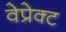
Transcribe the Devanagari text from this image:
वेप्रेक्ट